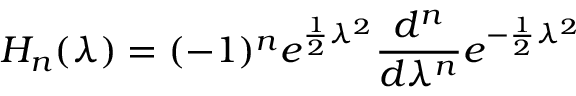
H _ { n } ( \lambda ) = ( - 1 ) ^ { n } e ^ { \frac { 1 } { 2 } \lambda ^ { 2 } } \frac { d ^ { n } } { d \lambda ^ { n } } e ^ { - \frac { 1 } { 2 } \lambda ^ { 2 } }